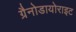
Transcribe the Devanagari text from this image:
ग्रैनोडायोराइट